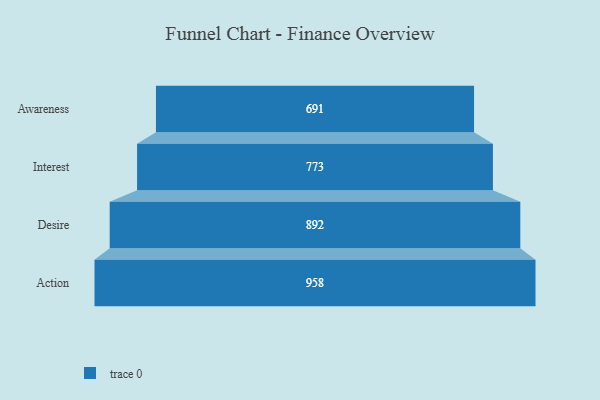
{"axis": {"x": "Stage", "y": "Value"}, "legend": [""], "data": [{"x": "Awareness", "y": 691.0, "type": ""}, {"x": "Interest", "y": 773.0, "type": ""}, {"x": "Desire", "y": 892.0, "type": ""}, {"x": "Action", "y": 958.0, "type": ""}]}